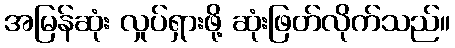
အမြန်ဆုံး လှုပ်ရှားဖို့ ဆုံးဖြတ်လိုက်သည်။